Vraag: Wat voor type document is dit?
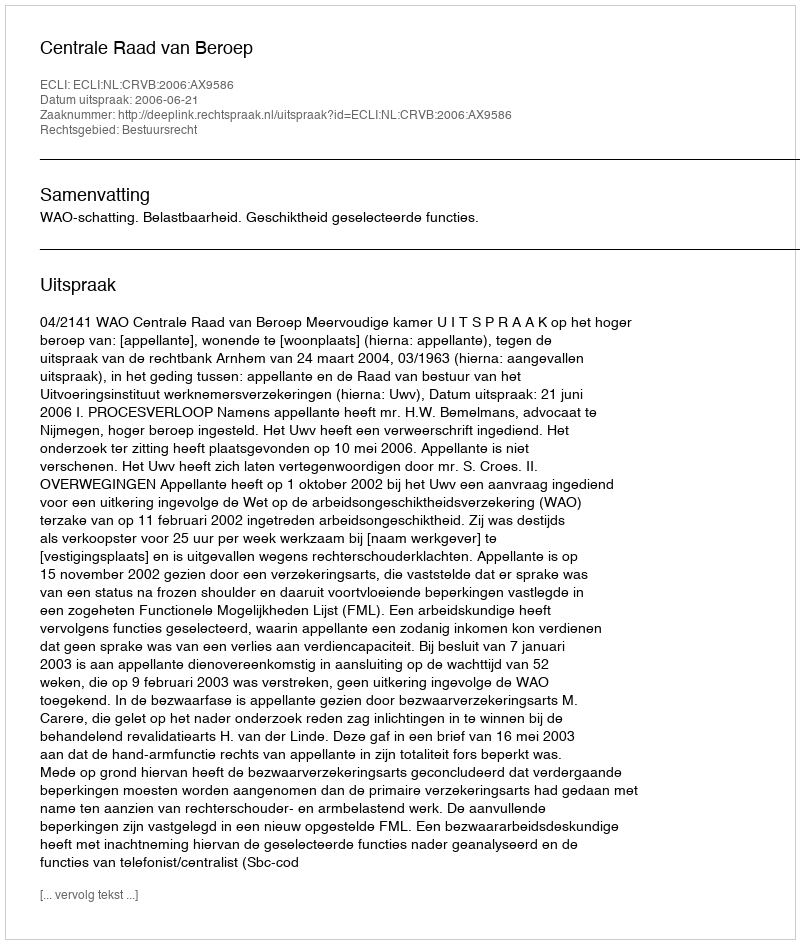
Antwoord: Uitspraak